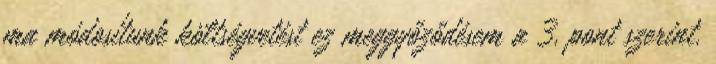
ma módosítunk költségvetést ez meggyőződésem a 3. pont szerint.